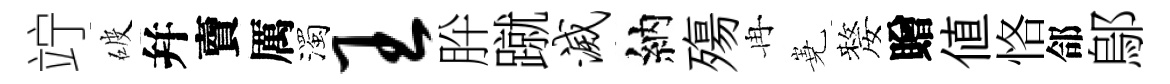
竚破幷𧶠厲濁王肸蹴灭納殤冉嶤嫠贈値恪郃鄔